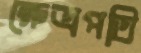
ক্ষেত্রপতি